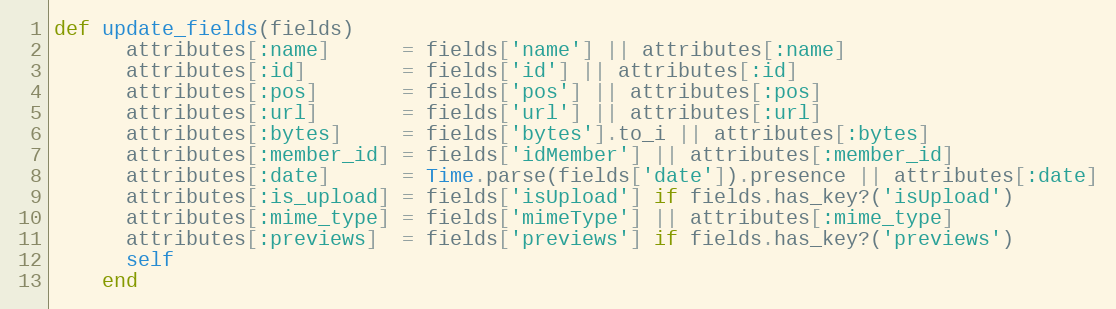
Language: Ruby
def update_fields(fields)
      attributes[:name]      = fields['name'] || attributes[:name]
      attributes[:id]        = fields['id'] || attributes[:id]
      attributes[:pos]       = fields['pos'] || attributes[:pos]
      attributes[:url]       = fields['url'] || attributes[:url]
      attributes[:bytes]     = fields['bytes'].to_i || attributes[:bytes]
      attributes[:member_id] = fields['idMember'] || attributes[:member_id]
      attributes[:date]      = Time.parse(fields['date']).presence || attributes[:date]
      attributes[:is_upload] = fields['isUpload'] if fields.has_key?('isUpload')
      attributes[:mime_type] = fields['mimeType'] || attributes[:mime_type]
      attributes[:previews]  = fields['previews'] if fields.has_key?('previews')
      self
    end